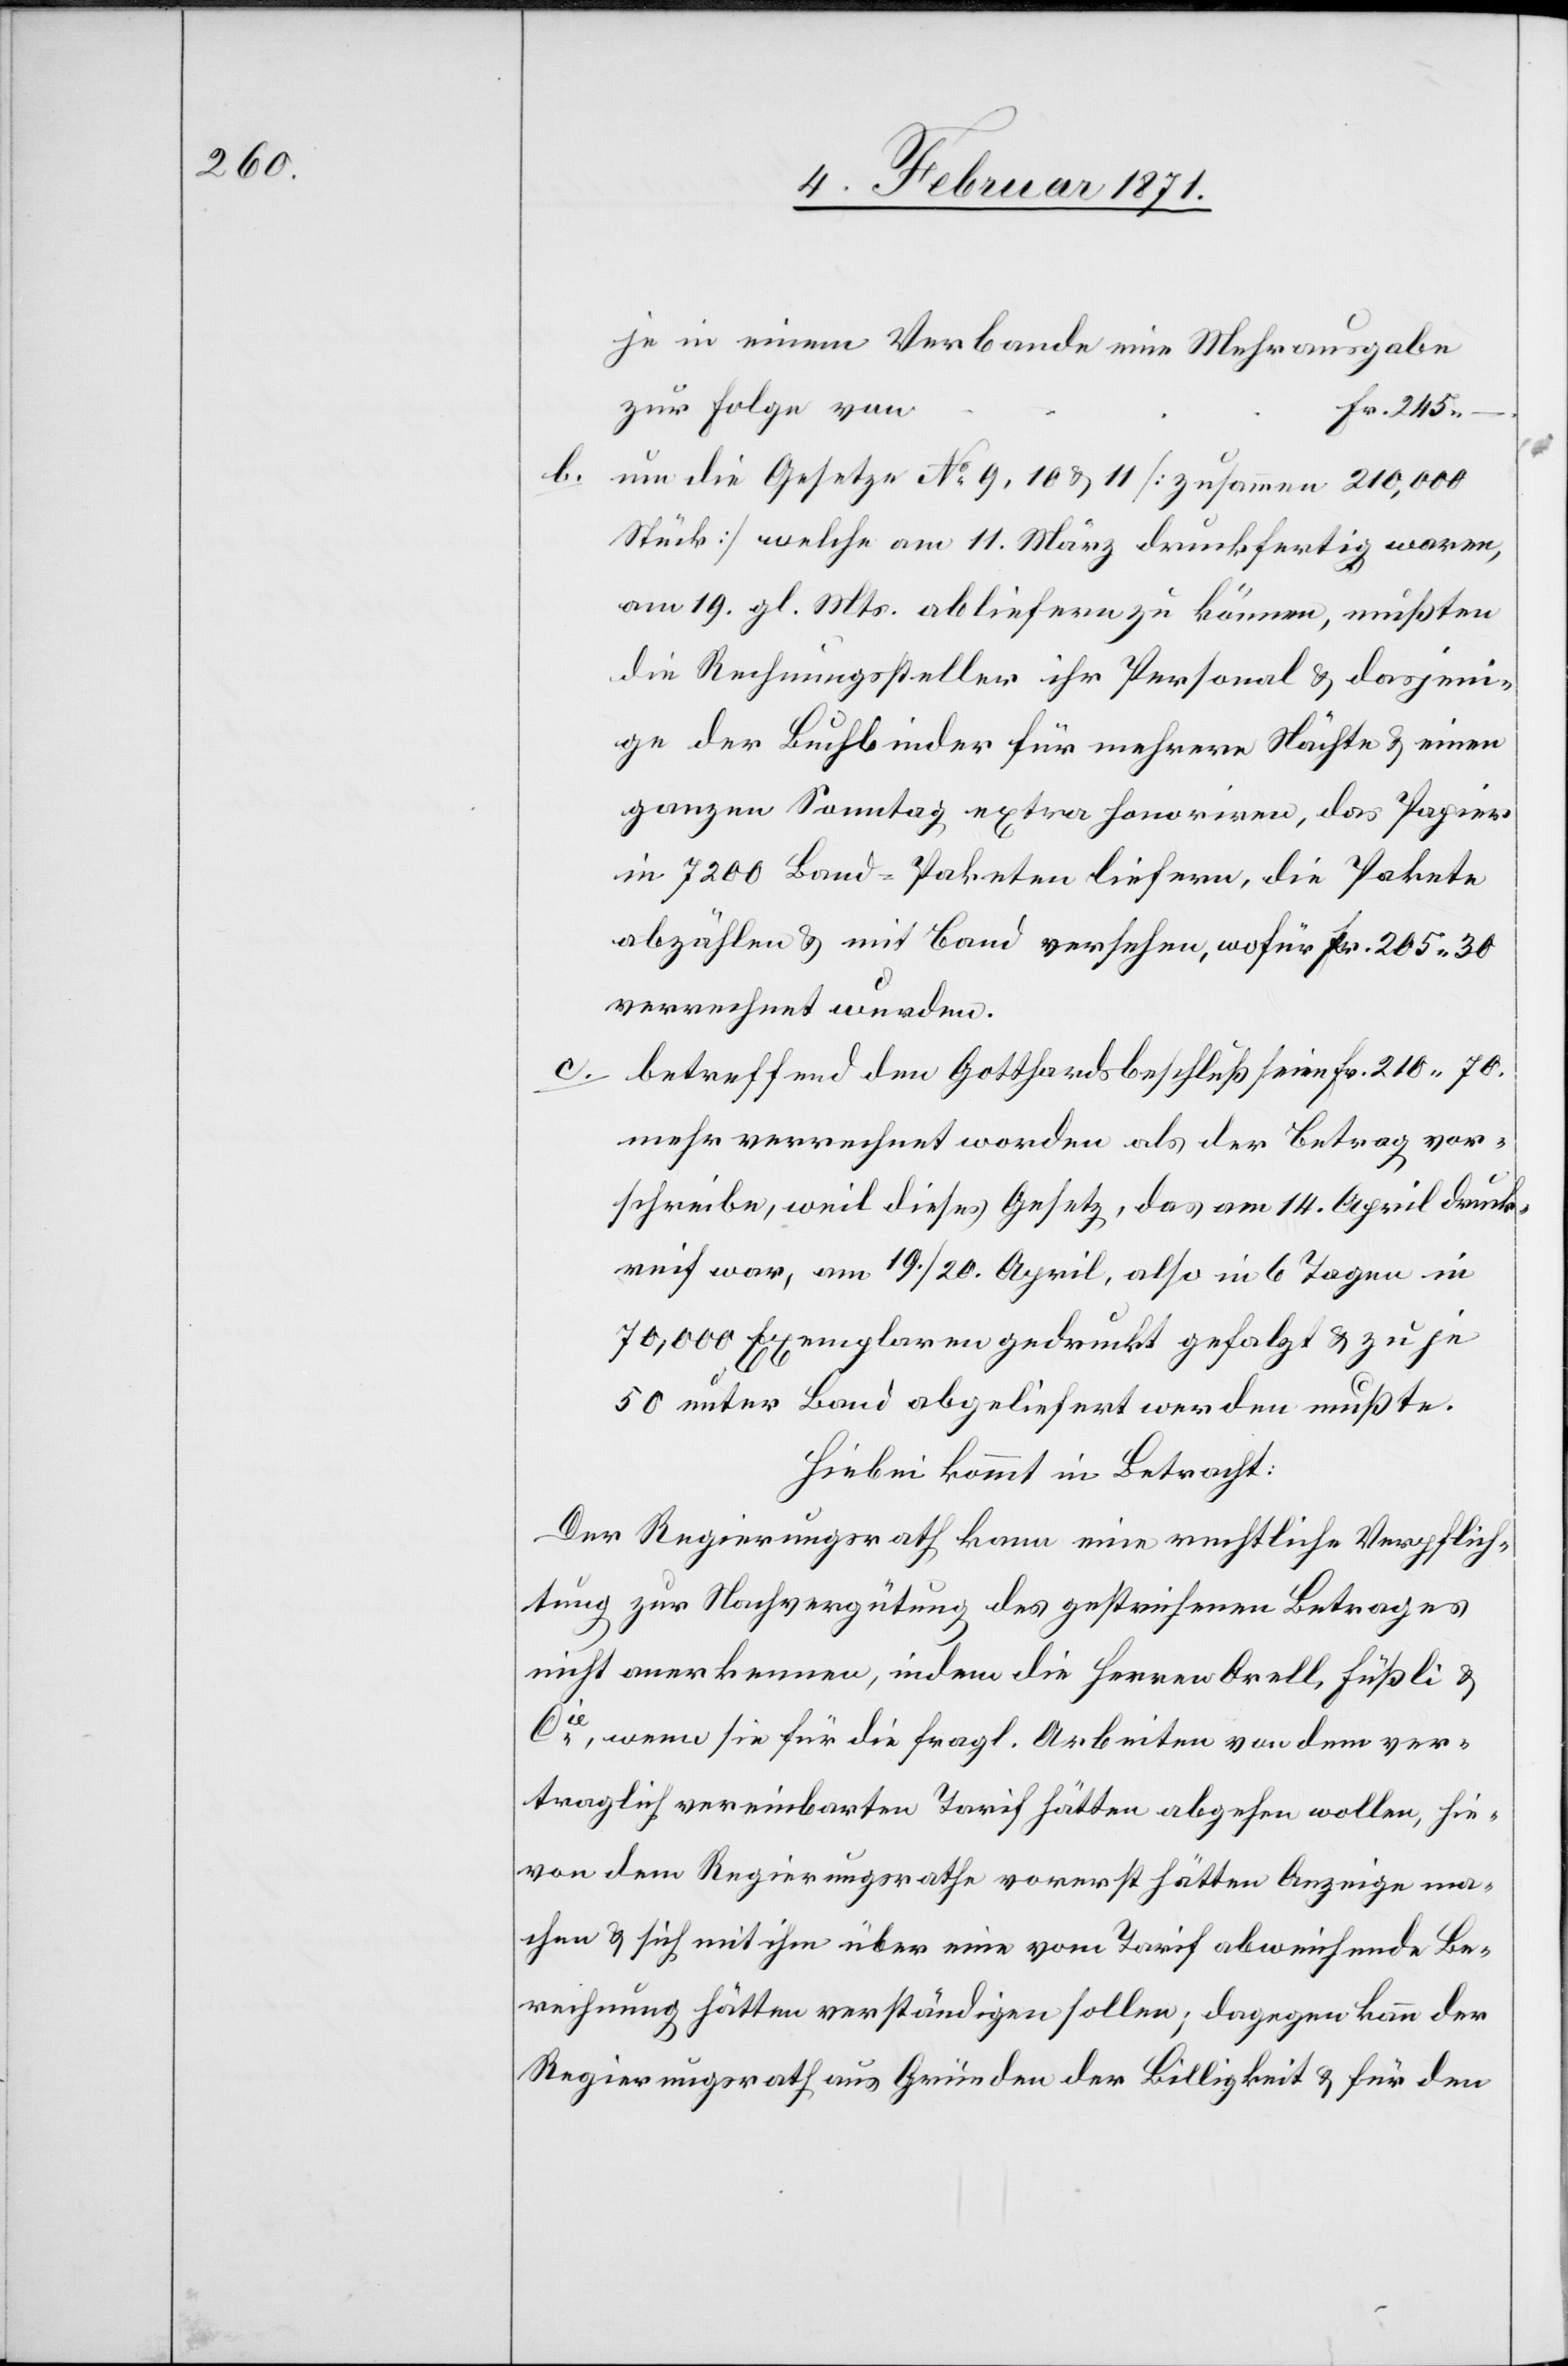
je in einem Verbande eine Mehrausgabe
zur Folge von
b. um die Gesetze No. 9, 10 u. 11 [Zusammen 210,000
Stück] welche am 11. März druckfertig waren,
am 19. gl. Mts. abliefern zu können, mußten
die Rechnungssteller ihr Personal u. dasjeni¬
ge der Buchbinder für mehrere Nächte u. einen
ganzen Samstag extra honoriren, das Papier
in 7200 Band-Paketen liefern, die Pakete
abzählen u. mit Band versehen, wofür Fr. 265.30
verrechnet wurden.
betreffend den Gotthardbeschluß seien Fr. 210.70.
mehr verrechnet worden als der Betrag vor¬
schreibe, weil dieses Gesetz, das am 14. April druck¬
reif war, am 19./20. April, also in 6 Tagen in
70,000 Exemplaren gedruckt gefolgt u. zu je
50 unter Band abgeliefert werden mußte.
Hiebei kommt in Betracht:
Der Regierungsrath kann eine rechtliche Verpflich¬
tung zur Nachvergütung des gestrichenen Betrages
nicht anerkennen, indem die Herren Orell, Füßli &
Cie., wenn sie für die fragl. Arbeiten von dem ver¬
traglich vereinbarten Tarif hätten abgehen wollen, hie¬
von dem Regierungsrathe vorerst hätten Anzeige ma¬
chen u. sich mit ihm über eine vom Tarif abweichende Be¬
rechnung hätten verständigen sollen; dagegen kann der
Regierungsrath aus Gründen der Billigkeit u. für den